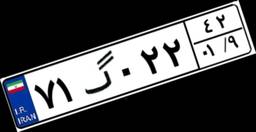
۷۱گ۰۲۲۴۲